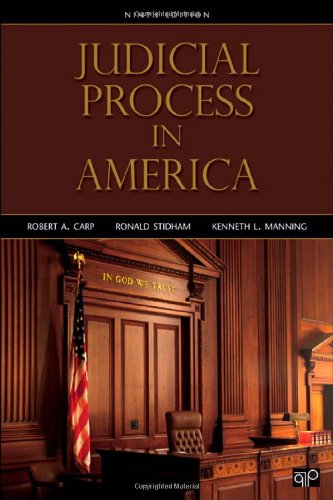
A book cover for Judicial Process in America, 9th Edition; Robert A Carp; Law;